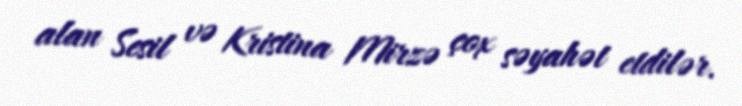
alan Sesil və Kristina Mirzə çox səyahət etdilər.